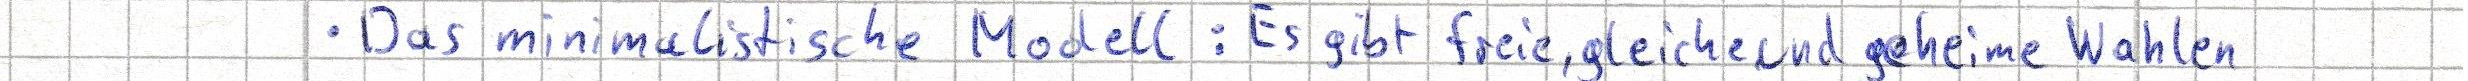
- Das minimalistische Modell: Es gibt freie, gleiche und geheime Wahlen